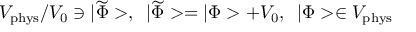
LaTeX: { \cal V } _ { \mathrm { p h y s } } / { \cal V } _ { 0 } \ni | \widetilde { \Phi } > , \; \; | \widetilde { \Phi } > = | \Phi > + { \cal V } _ { 0 } , \; \; | \Phi > \in { \cal V } _ { \mathrm { p h y s } }